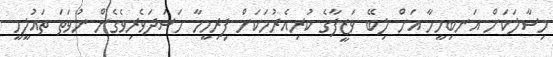
މިސާލަކަށް އަނބިމީހާ އަށް ލިބޭ ވަޒީފާގެ ކުރިއެރުމަކަށް ފިރިމީހާ ހަސަދަވެރިވެގެން ނުވަތަ ތައުލީމީ